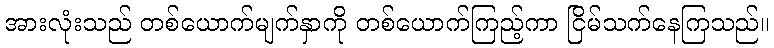
အားလုံးသည် တစ်ယောက်မျက်နှာကို တစ်ယောက်ကြည့်ကာ ငြိမ်သက်နေကြသည်။